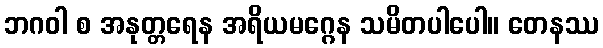
ဘဂဝါ စ အနုတ္တရေန အရိယမဂ္ဂေန သမိတပါပေါ။ တေနဿ